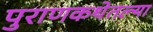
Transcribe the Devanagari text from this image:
पुराणकथेतल्या